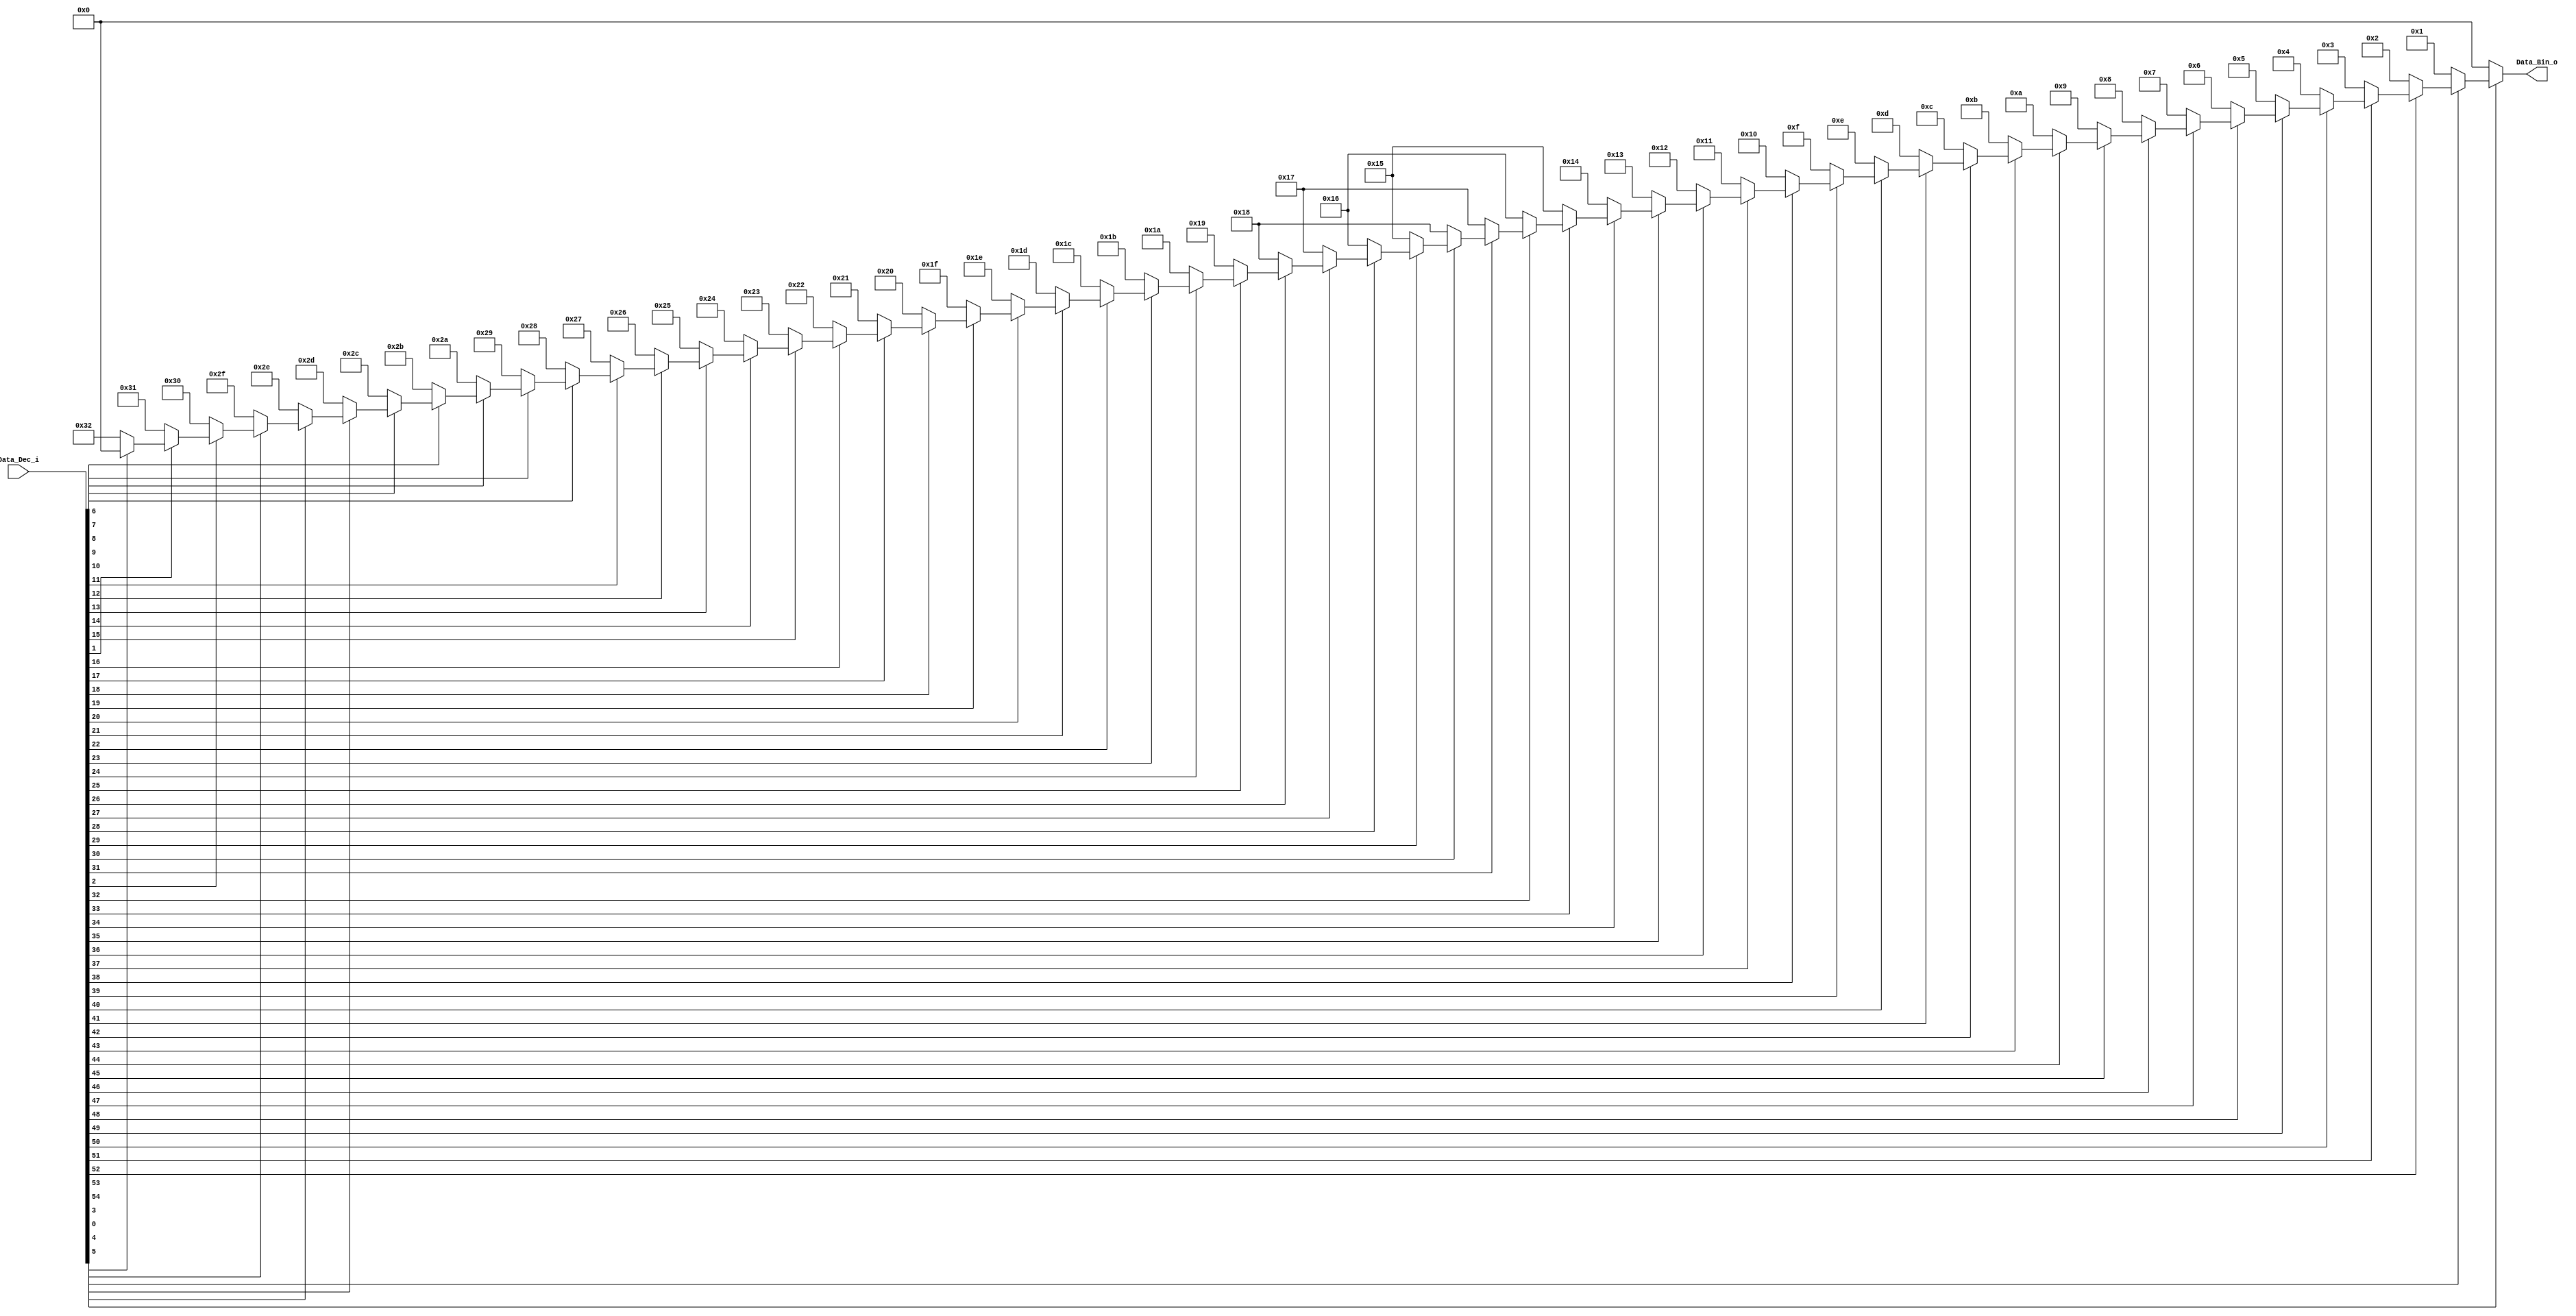
`timescale 1ns / 1ps
//////////////////////////////////////////////////////////////////////////////////
// Company: 
// Engineer: 
// 
// Design Name: 
// Module Name: Priority_Codec_64
// Project Name: 
// Target Devices: 
// Tool Versions: 
// Description: 
// 
// Dependencies: 
// 
// Revision:
// Revision 0.01 - File Created
// Additional Comments:
// 
//////////////////////////////////////////////////////////////////////////////////


module Priority_Codec_64(
    input wire [54:0]  Data_Dec_i,
    output reg [5:0] Data_Bin_o
    );

always @(Data_Dec_i)
	begin
	Data_Bin_o=6'b000000;
		if(~Data_Dec_i[54]) begin Data_Bin_o = 6'b000000;//0
		end else if(~Data_Dec_i[53]) begin Data_Bin_o = 6'b000001;//1
		end else if(~Data_Dec_i[52]) begin Data_Bin_o = 6'b000010;//2
		end else if(~Data_Dec_i[51]) begin Data_Bin_o = 6'b000011;//3
		end else if(~Data_Dec_i[50]) begin Data_Bin_o = 6'b000100;//4
		end else if(~Data_Dec_i[49]) begin Data_Bin_o = 6'b000101;//5
		end else if(~Data_Dec_i[48]) begin Data_Bin_o = 6'b000110;//6
		end else if(~Data_Dec_i[47]) begin Data_Bin_o = 6'b000111;//7
		end else if(~Data_Dec_i[46]) begin Data_Bin_o = 6'b001000;//8
		end else if(~Data_Dec_i[45]) begin Data_Bin_o = 6'b001001;//9
		end else if(~Data_Dec_i[44]) begin Data_Bin_o = 6'b001010;//10
		end else if(~Data_Dec_i[43]) begin Data_Bin_o = 6'b001011;//11
		end else if(~Data_Dec_i[42]) begin Data_Bin_o = 6'b001100;//12
		end else if(~Data_Dec_i[41]) begin Data_Bin_o = 6'b001101;//13
		end else if(~Data_Dec_i[40]) begin Data_Bin_o = 6'b001110;//14
		end else if(~Data_Dec_i[39]) begin Data_Bin_o = 6'b001111;//15
		end else if(~Data_Dec_i[38]) begin Data_Bin_o = 6'b010000;//16
		end else if(~Data_Dec_i[37]) begin Data_Bin_o = 6'b010001;//17
		end else if(~Data_Dec_i[36]) begin Data_Bin_o = 6'b010010;//18
		end else if(~Data_Dec_i[35]) begin Data_Bin_o = 6'b010011;//19
		end else if(~Data_Dec_i[34]) begin Data_Bin_o = 6'b010100;//20
		end else if(~Data_Dec_i[33]) begin Data_Bin_o = 6'b010101;//21
		end else if(~Data_Dec_i[32]) begin Data_Bin_o = 6'b010110;//22
		end else if(~Data_Dec_i[31]) begin Data_Bin_o = 6'b010111;//23
		end else if(~Data_Dec_i[30]) begin Data_Bin_o = 6'b011000;//24
		end else if(~Data_Dec_i[29]) begin Data_Bin_o = 6'b010101;//25
		end else if(~Data_Dec_i[28]) begin Data_Bin_o = 6'b010110;//26
		end else if(~Data_Dec_i[27]) begin Data_Bin_o = 6'b010111;//27
		end else if(~Data_Dec_i[26]) begin Data_Bin_o = 6'b011000;//28
		end else if(~Data_Dec_i[25]) begin Data_Bin_o = 6'b011001;//29
		end else if(~Data_Dec_i[24]) begin Data_Bin_o = 6'b011010;//30
		end else if(~Data_Dec_i[23]) begin Data_Bin_o = 6'b011011;//31
		end else if(~Data_Dec_i[22]) begin Data_Bin_o = 6'b011100;//32
		end else if(~Data_Dec_i[21]) begin Data_Bin_o = 6'b011101;//33
		end else if(~Data_Dec_i[20]) begin Data_Bin_o = 6'b011110;//34
		end else if(~Data_Dec_i[19]) begin Data_Bin_o = 6'b011111;//35
		end else if(~Data_Dec_i[18]) begin Data_Bin_o = 6'b100000;//36
		end else if(~Data_Dec_i[17]) begin Data_Bin_o = 6'b100001;//37
		end else if(~Data_Dec_i[16]) begin Data_Bin_o = 6'b100010;//38
		end else if(~Data_Dec_i[15]) begin Data_Bin_o = 6'b100011;//39
		end else if(~Data_Dec_i[14]) begin Data_Bin_o = 6'b100100;//40
		end else if(~Data_Dec_i[13]) begin Data_Bin_o = 6'b100101;//41
		end else if(~Data_Dec_i[12]) begin Data_Bin_o = 6'b100110;//42
		end else if(~Data_Dec_i[11]) begin Data_Bin_o = 6'b100111;//43
		end else if(~Data_Dec_i[10]) begin Data_Bin_o = 6'b101000;//44
		end else if(~Data_Dec_i[9]) begin Data_Bin_o = 6'b101001;//45
		end else if(~Data_Dec_i[8]) begin Data_Bin_o = 6'b101010;//46
		end else if(~Data_Dec_i[7]) begin Data_Bin_o = 6'b101011;//47
		end else if(~Data_Dec_i[6]) begin Data_Bin_o = 6'b101100;//48
		end else if(~Data_Dec_i[5]) begin Data_Bin_o = 6'b101101;//49
		end else if(~Data_Dec_i[4]) begin Data_Bin_o = 6'b101110;//50
		end else if(~Data_Dec_i[3]) begin Data_Bin_o = 6'b101111;//51
		end else if(~Data_Dec_i[2]) begin Data_Bin_o = 6'b110000;//52
		end else if(~Data_Dec_i[1]) begin Data_Bin_o = 6'b110001;//53
		end else if(~Data_Dec_i[0]) begin Data_Bin_o = 6'b110010;//54
		end else begin Data_Bin_o = 6'b000000;//zero value
		end		
	end
endmodule